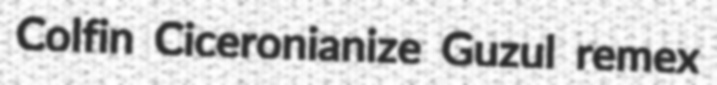
Colfin Ciceronianize Guzul remex